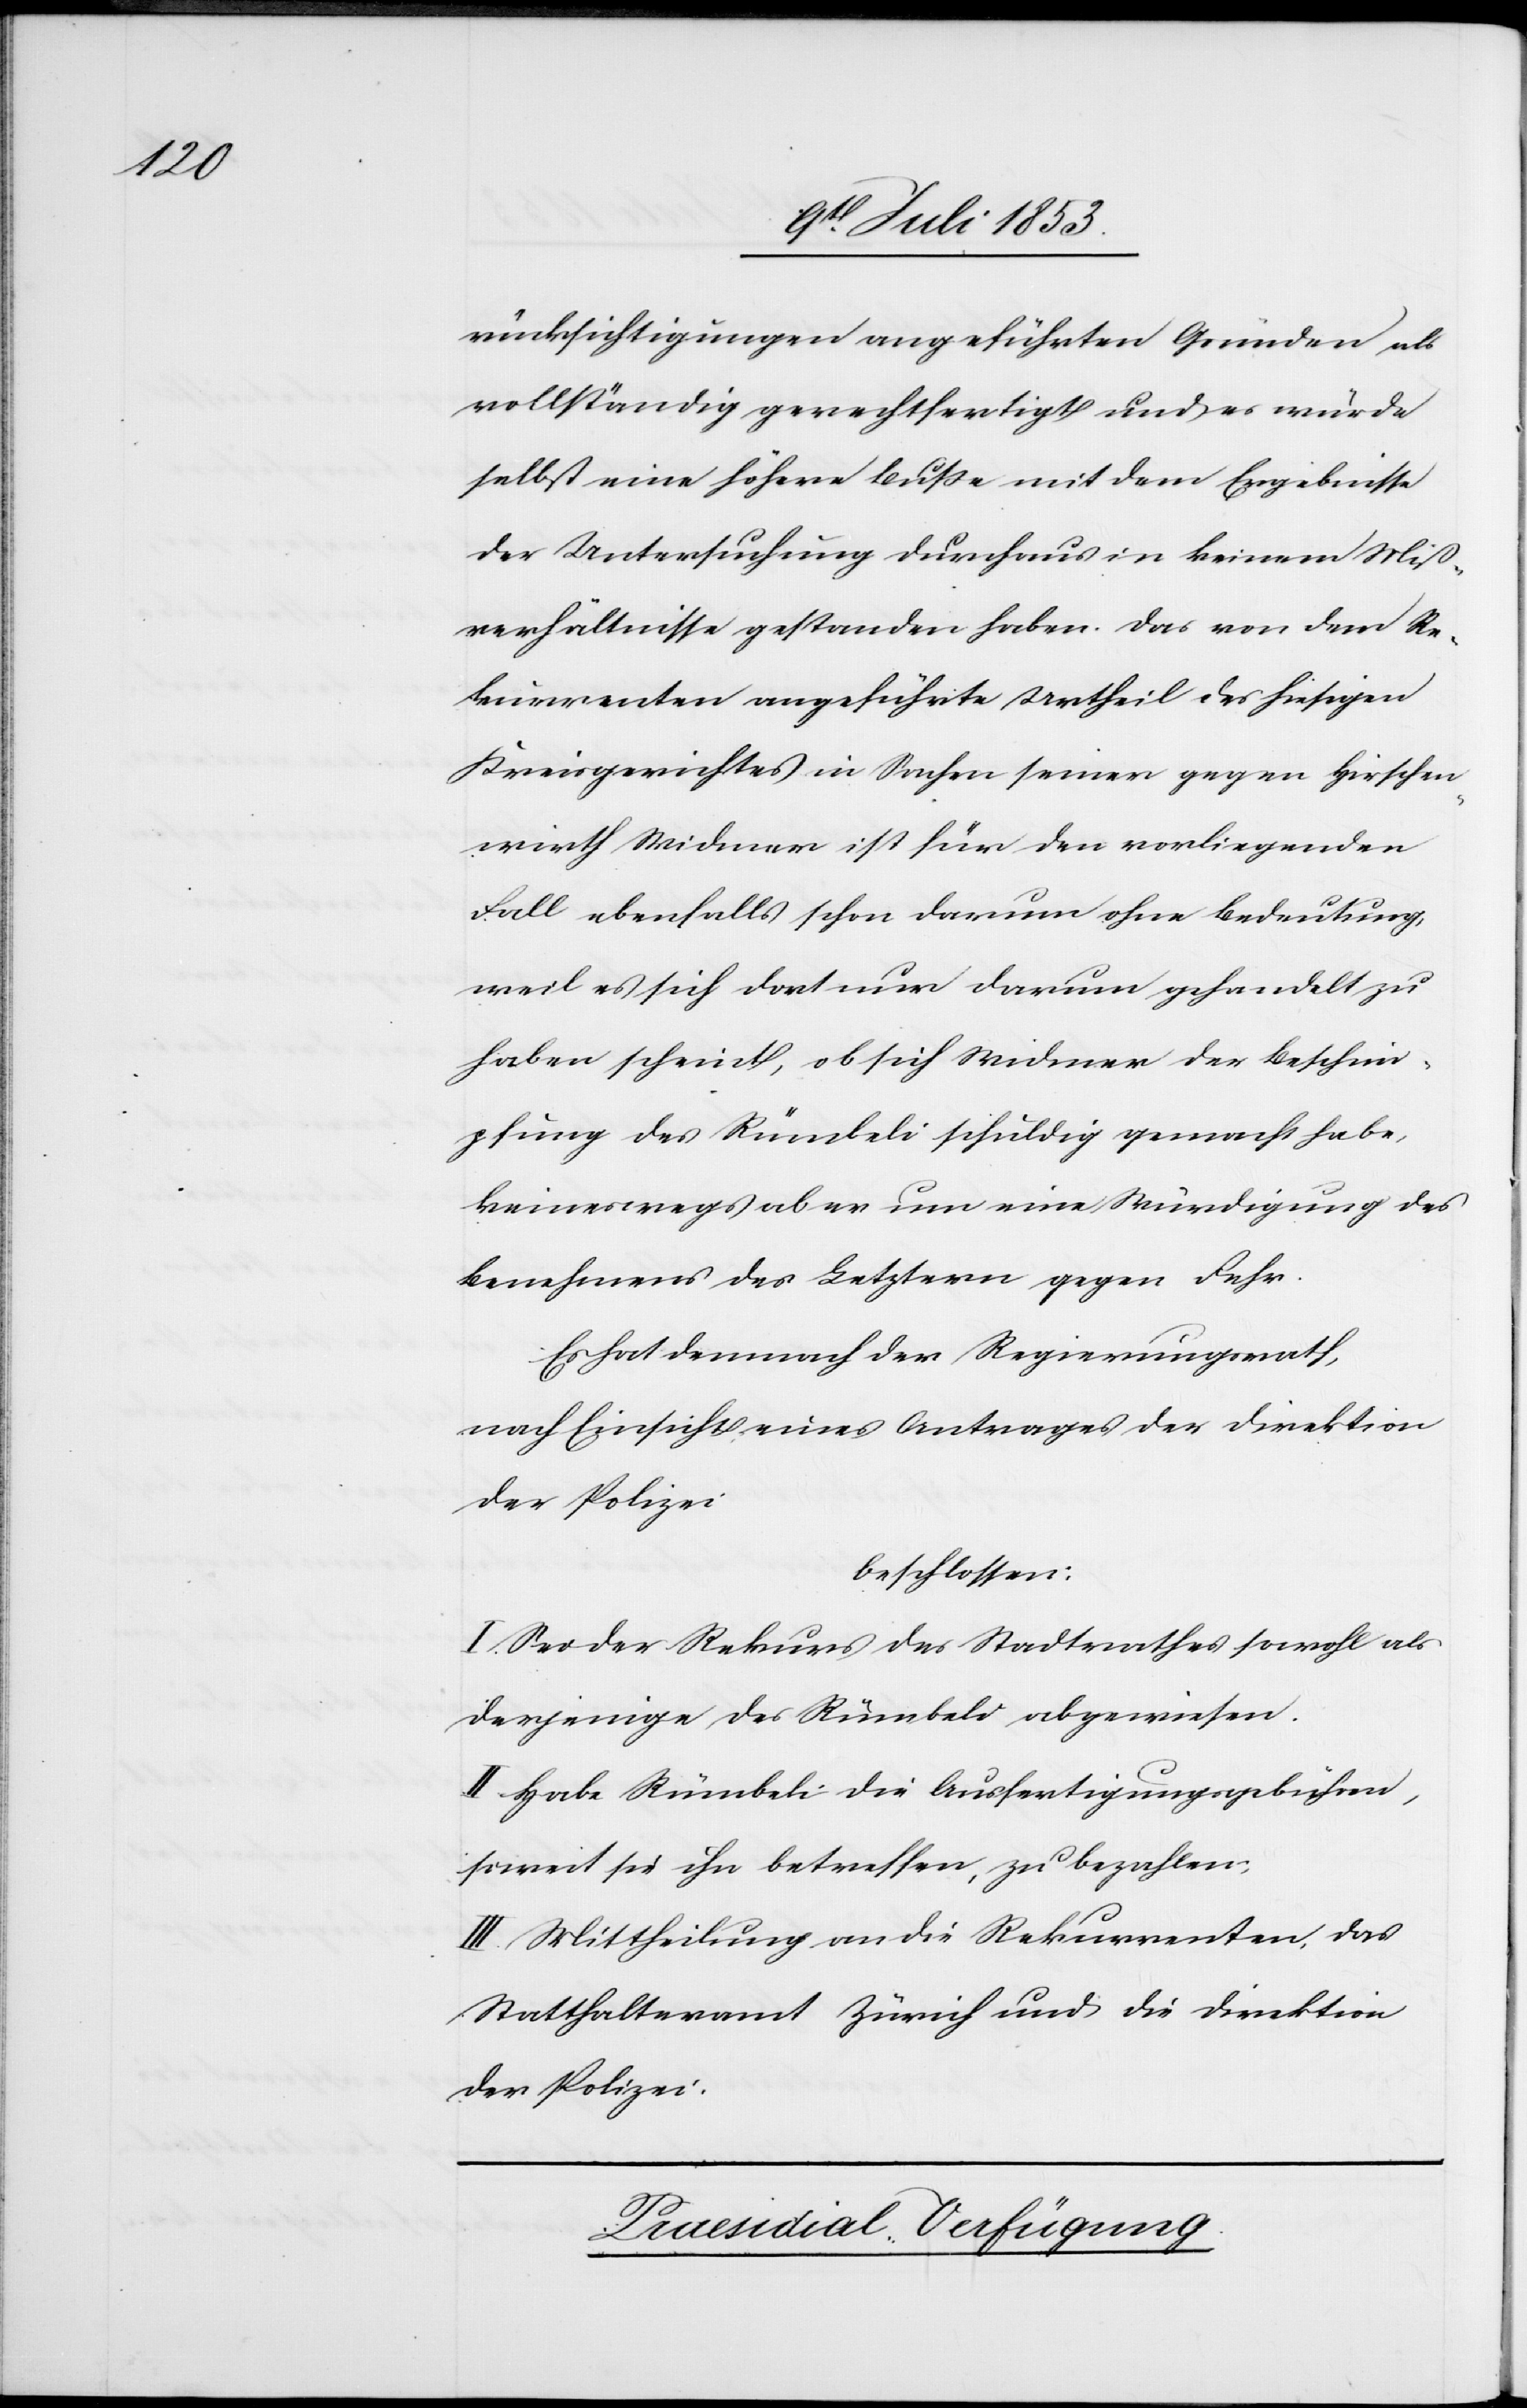
rücksichtigungen angeführten Gründen als
vollständig gerechtfertigt und es würde
selbst eine höhere Buße mit dem Ergebnisse
der Untersuchung durchaus in keinem Miß¬
verhältnisse gestanden haben. Das von dem Re¬
kurrenten angeführte Urtheil des hiesigen
Kreisgerichtes in Sachen seiner gegen Hirschen¬
wirth Widmer ist für den vorliegenden
Fall ebenfalls schon darum ohne Bedeutung,
weil es sich dort nur darum gehandelt zu
haben scheint, ob sich Widmer der Beschim¬
pfung des Rümbeli schuldig gemacht habe,
keineswegs aber um eine Würdigung des
Benehmens des Letztern gegen Fehr.
Es hat demnach der Regierungsrath,
nach Einsicht eines Antrages der Direktion
der Polizei:
beschlossen:
I. Sei der Rekurs des Stadtrathes sowohl als
derjenige des Rümbeli abgewiesen.
II. Habe Rümbeli die Ausfertigungsgebühren,
soweit sie ihn betreffen, zu bezahlen;
III. Mittheilung an die Rekurrenten, das
Statthalteramt Zürich und die Direktion
der Polizei.